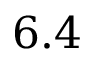
6 . 4